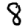
Digit: 8